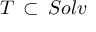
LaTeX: { \cal T } \, \subset \, S o l v